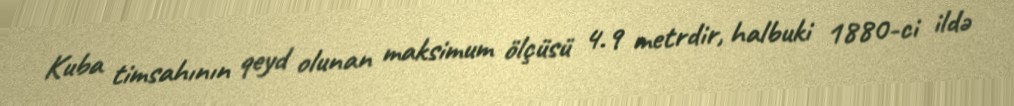
Kuba timsahının qeyd olunan maksimum ölçüsü 4.9 metrdir, halbuki 1880-ci ildə